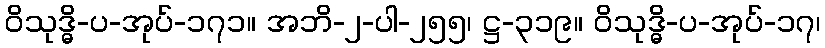
ဝိသုဒ္ဓိ-ပ-အုပ်-၁၇၁။ အဘိ-၂-ပါ-၂၅၅၊ ဋ္ဌ-၃၁၉။ ဝိသုဒ္ဓိ-ပ-အုပ်-၁၇၊